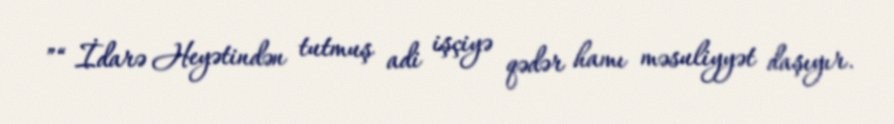
”“ İdarə Heyətindən tutmuş adi işçiyə qədər hamı məsuliyyət daşıyır.